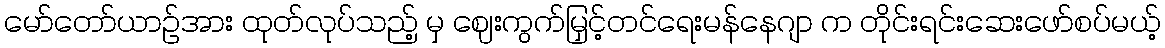
မော်တော်ယာဉ်အား ထုတ်လုပ်သည့် မှ ဈေးကွက်မြှင့်တင်ရေးမန်နေဂျာ က တိုင်းရင်းဆေးဖော်စပ်မယ့်